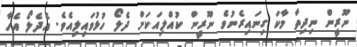
ނޫރީން ނިދިތާ މާކަ ގިނައިރެނުވެ ނޫރީން ކުއްލިއަކަށް ދެލޯ ހުުޅުވައިލިއެވެ. އެދެލޯ އެހާ